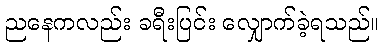
ညနေကလည်း ခရီးပြင်း လျှောက်ခဲ့ရသည်။